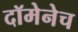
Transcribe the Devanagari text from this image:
दॉमेनेच